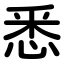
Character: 悉